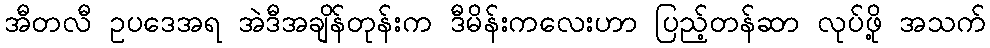
အီတလီ ဥပဒေအရ အဲဒီအချိန်တုန်းက ဒီမိန်းကလေးဟာ ပြည့်တန်ဆာ လုပ်ဖို့ အသက်